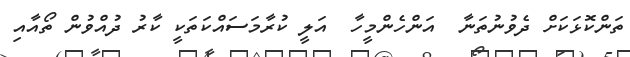
ތަންކޮޅަކަށް ދެވުނުތަނާ  އަންހެންމީހާ  އަލީ ކުރާމަސައްކަތަކީ ކާރު ދުއްވުން ތޯއާއި